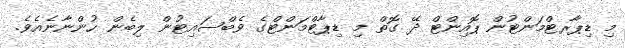
މި ޑިޕާރޓްމަންޓުން ޕޮއިންޓް ދޭ ގޮތް މި ޑިޕާޓްމަންޓްގެ ވެބްސައިޓުން ލިބެން ހުންނާނެއެވެ.